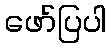
ဖော်ပြပါ